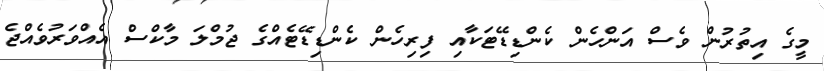
މީގެ އިތުރުން ވެސް އަންހެން ކެންޑިޑޭޓަކާއި ފިރިހެން ކެންޑިޑޭޓެއްގެ ޖުމްލަ މާކްސް އެއްވަރުވެއްޖެ